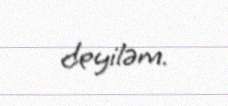
deyiləm.